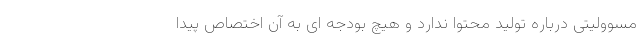
مسوولیتی درباره تولید محتوا ندارد و هیچ بودجه ای به آن اختصاص پیدا